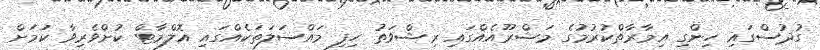
ގުދުސްގައި ހިންގި އިމާރާތްކުރުމުގެ މަޝްރޫއެއްގައި ރިޝްވަތު ހިފި މައްސަލަތަކެއްގައި އޮލްމާޓް ކުށްވެރިވާ ކަމަށް